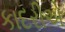
કાદરીએ